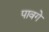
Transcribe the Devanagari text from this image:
पावगे